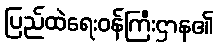
ပြည်ထဲရေးဝန်ကြီးဌာန၏